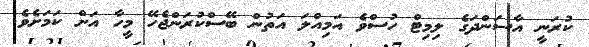
ކުރަނީ އާސަންދަގެ ލިމިޓް ހުސްވެ އަމިއްލަ އަތުން ބޭސްކުރަންޖެހޭ މީހާ އަށް ކަމަށެވެ.